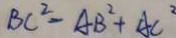
B C ^ { 2 } - A B ^ { 2 } + A C ^ { 2 }